Annual report of the Bengal Veterinary College and of the Civil Veterinary Department, Bengal, for the year 1915-16 - 1915-1916
Year: 1915
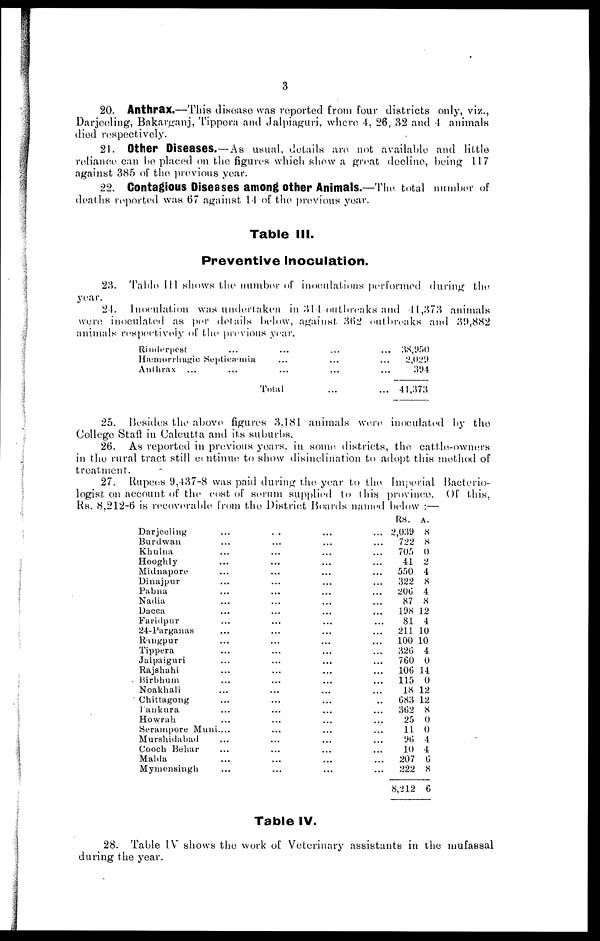
3
20. Anthrax.—This disease was reported from four districts only, viz.,
Darjeeling, Bakarganj, Tippera and Jalpiaguri, where 4. 26, 32 and 4 animals
died respectively.
21. Other Diseases.—As usual, details are not available and little
reliance can be placed on the figures which shew a great decline, being 117
against 385 of the previous year.
22. Contagious Diseases among other Animals.—The total number of
deaths reported was 67 against 14 of the previous year.
Table III.
Preventive Inoculation.
23. Table III shows the number of inoculations performed during the
year.
24. Inoculation was undertaken in 314 outbreaks and 11,373 animals
wore inoculated as per details below, against 362 outbreaks and 30,882
animals respectively of the previous year.
Rinderpest
Hæmorrhagic Septicæmia
Anthrax
...
...
...
Total
...
...
...
...
...
...
38,950
2,029
394
41,373
25. Besides the above figures 3.181 animals were inoculated by the
College Stall in Calcutta and its suburbs.
26. As reported in previous years, in some districts, the cattle-owners
in the rural tract still continue to show disinclination to adopt this method of
treatment.
27. Rupees 9,437-8 was paid during the year to the Imperial Bacterio-
logist on account of the cost of serum supplied to this province. Of this,
Rs. 8,212-6 is recoverable from the District Boards named below:—
Darjeeling
Burdwan
Khulna
Hooghly
Midnapore
Dinajpur
Pabna
Nadia
Dacca
Faridpur
24-Parganas
Rangpur
Tippera
Jalpaiguri
Rajshahi
Birbhum
Noakhali
Chittagong
Fankura
Howrah
...
...
...
...
...
...
...
...
...
...
...
...
...
...
...
...
...
...
...
Serampore Muni....
Murshidabad
Cooch Behar
Malda
Mymensingh
...
...
...
...
...
...
...
...
...
...
...
...
...
...
...
...
...
...
...
...
...
...
...
...
...
...
...
...
...
...
...
...
...
...
...
...
...
...
...
...
...
...
...
...
...
...
...
...
...
...
...
...
...
...
...
...
...
...
...
...
...
...
...
...
...
...
...
...
...
...
...
...
...
...
...
...
...
...
...
Rs.
2,039
722
705
41
550
322
206
87
198
81
211
100
326
760
106
115
18
683
362
25
11
96
10
207
222
8,212
a.
8
8
0
2
4
8
4
8
12
4
10
10
4
0
11
0
12
12
8
0
0
4
4
6
8
6
Table IV.
28. Table IV shows the work of Veterinary assistants in the mufassal
during the year.